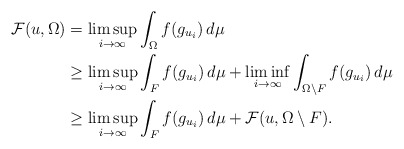
\begin{align*}\mathcal F(u,\Omega) &= \limsup_{i\to\infty}\int_{\Omega}f(g_{u_i})\,d\mu\\ &\ge \limsup_{i\to\infty}\int_{F}f(g_{u_i})\,d\mu+\liminf_{i\to\infty}\int_{\Omega\setminus F}f(g_{u_i})\,d\mu\\ &\ge \limsup_{i\to\infty}\int_{F}f(g_{u_i})\,d\mu+\mathcal F(u,\Omega\setminus F).\end{align*}